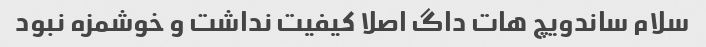
سلام ساندویچ هات داگ اصلا کیفیت نداشت و خوشمزه نبود